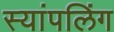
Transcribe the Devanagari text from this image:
स्यांपलिंग